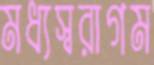
মধ্যস্বরাগম